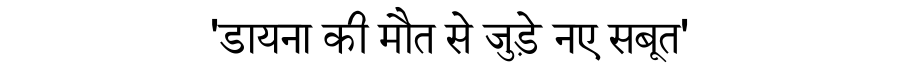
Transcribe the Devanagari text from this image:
'डायना की मौत से जुड़े नए सबूत'